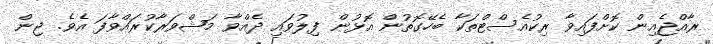
ރާއްޖެއިން ކޮށްފައިވާ ރިކުއެސްޓްތަކާ ބެހޭގޮތުން އޮޅުން ފިލުވައި ދެއްވާ މަޝްވަރާކުރައްވާފަ އެވެ. ޖިން